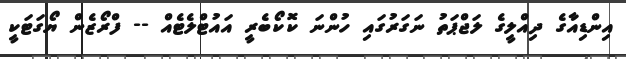
އިންޑިއާގެ ދިއްލީގެ ލަޖްޕަތު ނަގަރުގައި ހުންނަ ކޮކޯބެރީ އައުޓްލެޓެއް -- ފްރޯޒެން ޔޯގަޓަކީ